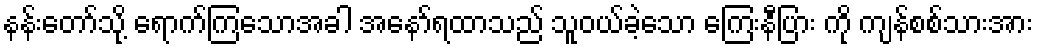
နန်းတော်သို့ ရောက်ကြသောအခါ အနော်ရထာသည် သူဝယ်ခဲ့သော ကြေးနီပြား ကို ကျန်စစ်သားအား